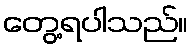
တွေ့ရပါသည်။